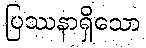
ပြဿနာရှိသော